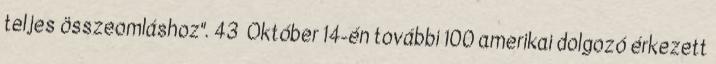
teljes összeomláshoz". 43 Október 14-én további 100 amerikai dolgozó érkezett